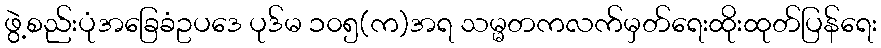
ဖွဲ့စည်းပုံအခြေခံဥပဒေ ပုဒ်မ ၁၀၅(က)အရ သမ္မတကလက်မှတ်ရေးထိုးထုတ်ပြန်ရေး